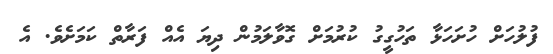
ފުލުހަށް ހުށަހަޅާ ތަހުގީގު ކުރުމަށް ގޮވާލަމުން ދިޔަ އެއް ފަރާތް ކަމަށެވެ. އެ